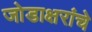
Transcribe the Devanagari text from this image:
जोडाक्षरांचे